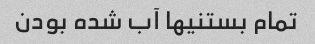
تمام بستنیها آب شده بودن